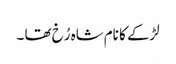
لڑکے کا نام شاہ رُخ تھا ۔